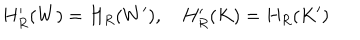
LaTeX: H _ { R } ^ { \prime } ( W ) = H _ { R } ( W ^ { \prime } ) , \quad H _ { R } ^ { \prime } ( K ) = H _ { R } ( K ^ { \prime } )